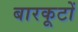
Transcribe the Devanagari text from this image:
बारकूटों